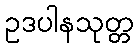
ဥဒပါနသုတ္တ